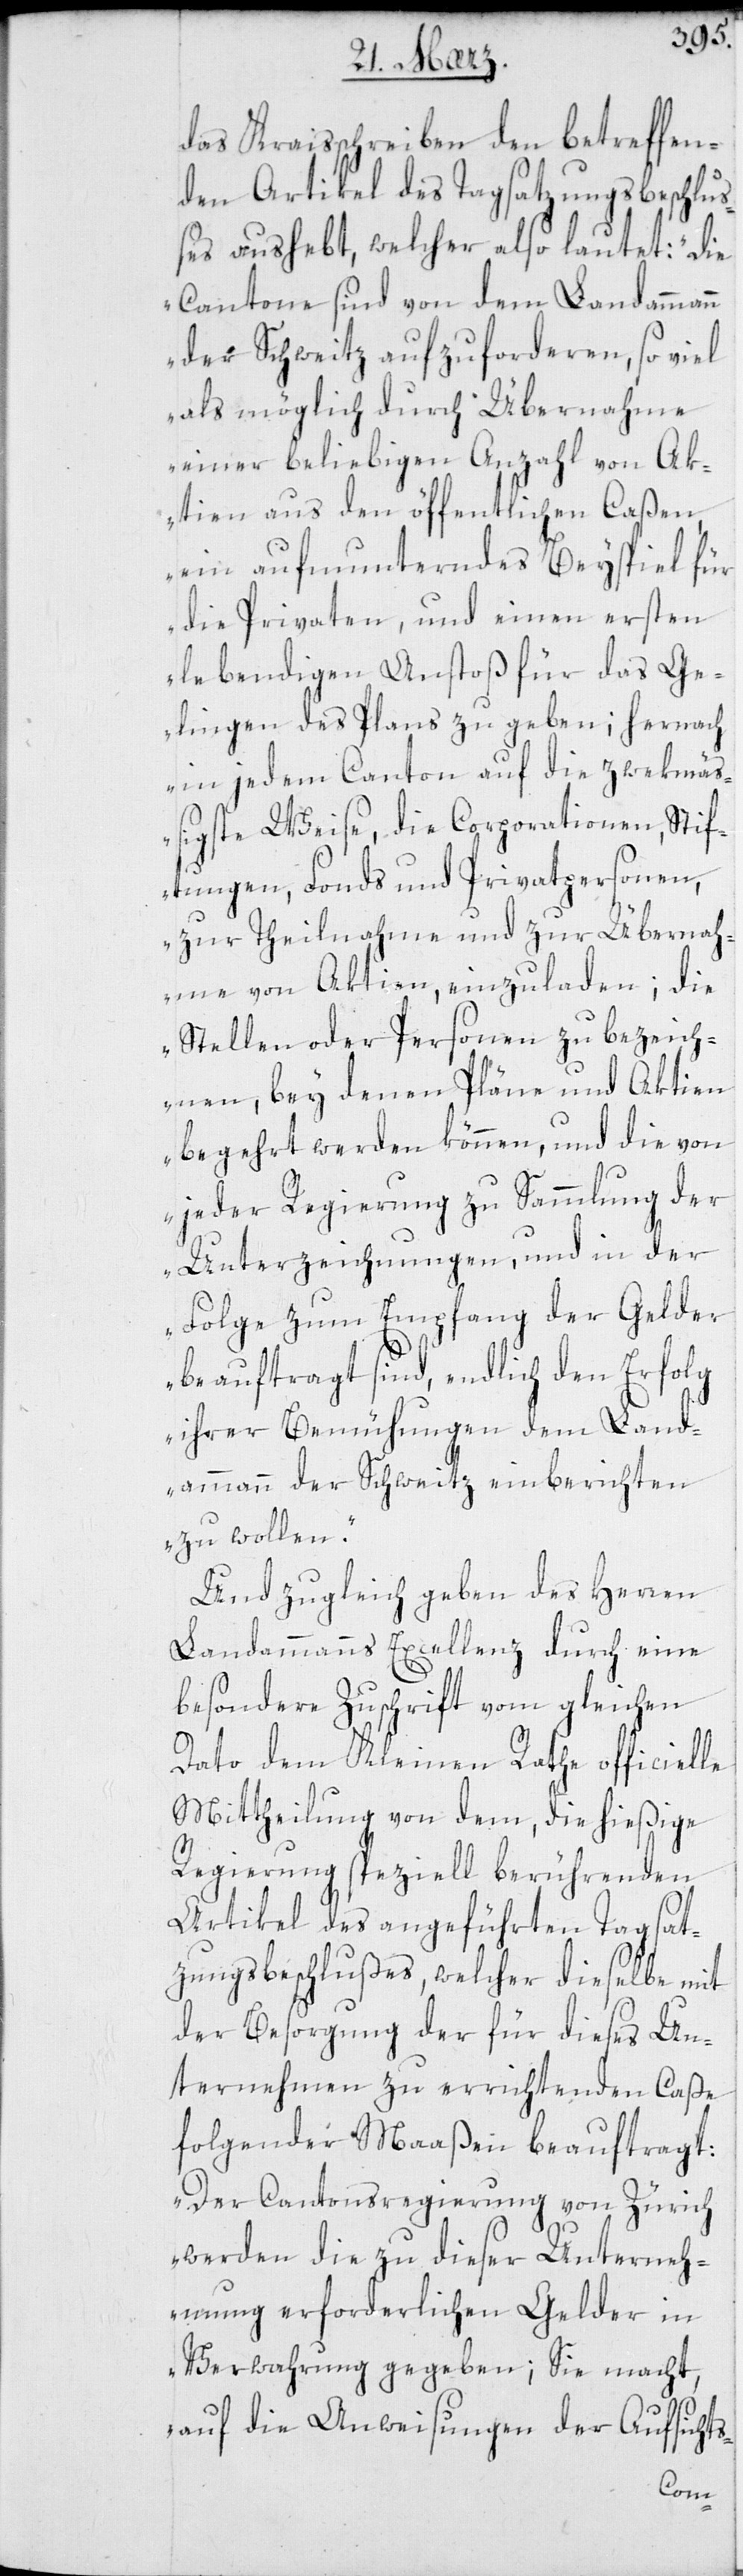
das Kraisschreiben den betreffen¬
den Artikel des Tagsatzungsbeschlu¬
ßes aushebt, welcher also lautet: „Die
Cantone sind von dem Landammann
der Schweitz aufzuforderen, so viel
als möglich durch Übernahme
einer beliebigen Anzahl von Ak¬
tien aus den öffentlichen Caßen
ein, aufmunterndes Beispiel für
die Privaten, und einen ersten
lebendigen Anstoß für das Ge¬
lingen des Plans zu geben; hernach
in jedem Canton auf die zwekmäß¬
igste Weise, die Corporationen, Stif¬
tungen, Fonds und Privatpersonen,
zur Theilnahme und zur Übernah¬
me von Aktien, einzuladen; die
Stellen oder Personen zu bezeich¬
nen, bey denen Pläne und Aktien
begehrt werden können, und die von
jeder Regierung zu Sammlung der
Unterzeichnungen, und in der
Folge zum Empfang der Gelder
beauftragt sind, endlich den Erfolg
ihrer Bemühungen dem Land¬
ammann der Schweitz einberichten
zu wollen“.
Und zugleich geben des Herren
Landammanns Excellenz durch eine
besondere Zuschrift vom gleichen
Dato dem Kleinen Rathe officielle
Mittheilung von dem, die hießige
Regierung speziell berührenden
Artikel des angeführten Tagsat¬
zungsbeschlußes, welcher dieselbe mit
der Besorgung der für dieses Un¬
ternehmen zu errichtenden Caße
folgender Maaßen beauftragt:
„Der Cantonsregierung von Zürich
werden die zu dieser Unterneh¬
mung erforderlichen Gelder in
Verwahrung gegeben; sie macht,
auf die Anweisung der Aufsichts-